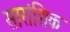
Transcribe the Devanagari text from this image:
सारांशिक